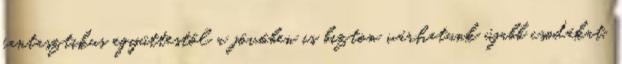
fantasztikus együttestől a jövőben is bizton várhatunk újabb csodákat.